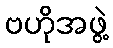
ဗဟိုအဖွဲ့